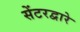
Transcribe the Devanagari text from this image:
सेंटरद्वारे